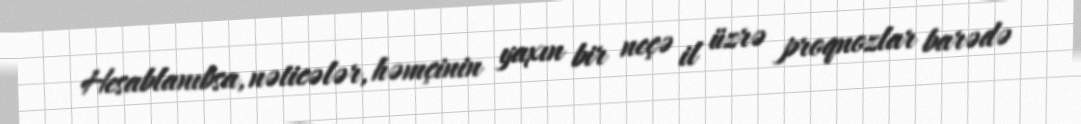
Hesablanıbsa, nəticələr, həmçinin yaxın bir neçə il üzrə proqnozlar barədə